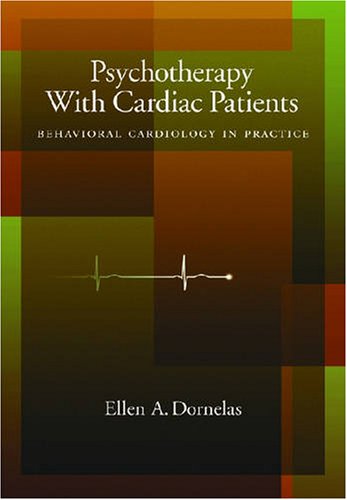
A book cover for Psychotherapy With Cardiac Patients: Behavioral Cardiology in Practice; Ellen A. Dornelas; Health, Fitness & Dieting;